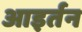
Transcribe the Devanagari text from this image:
आइर्तन